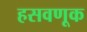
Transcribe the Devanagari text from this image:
हसवणूक